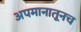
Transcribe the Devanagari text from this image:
अपमानातूनच